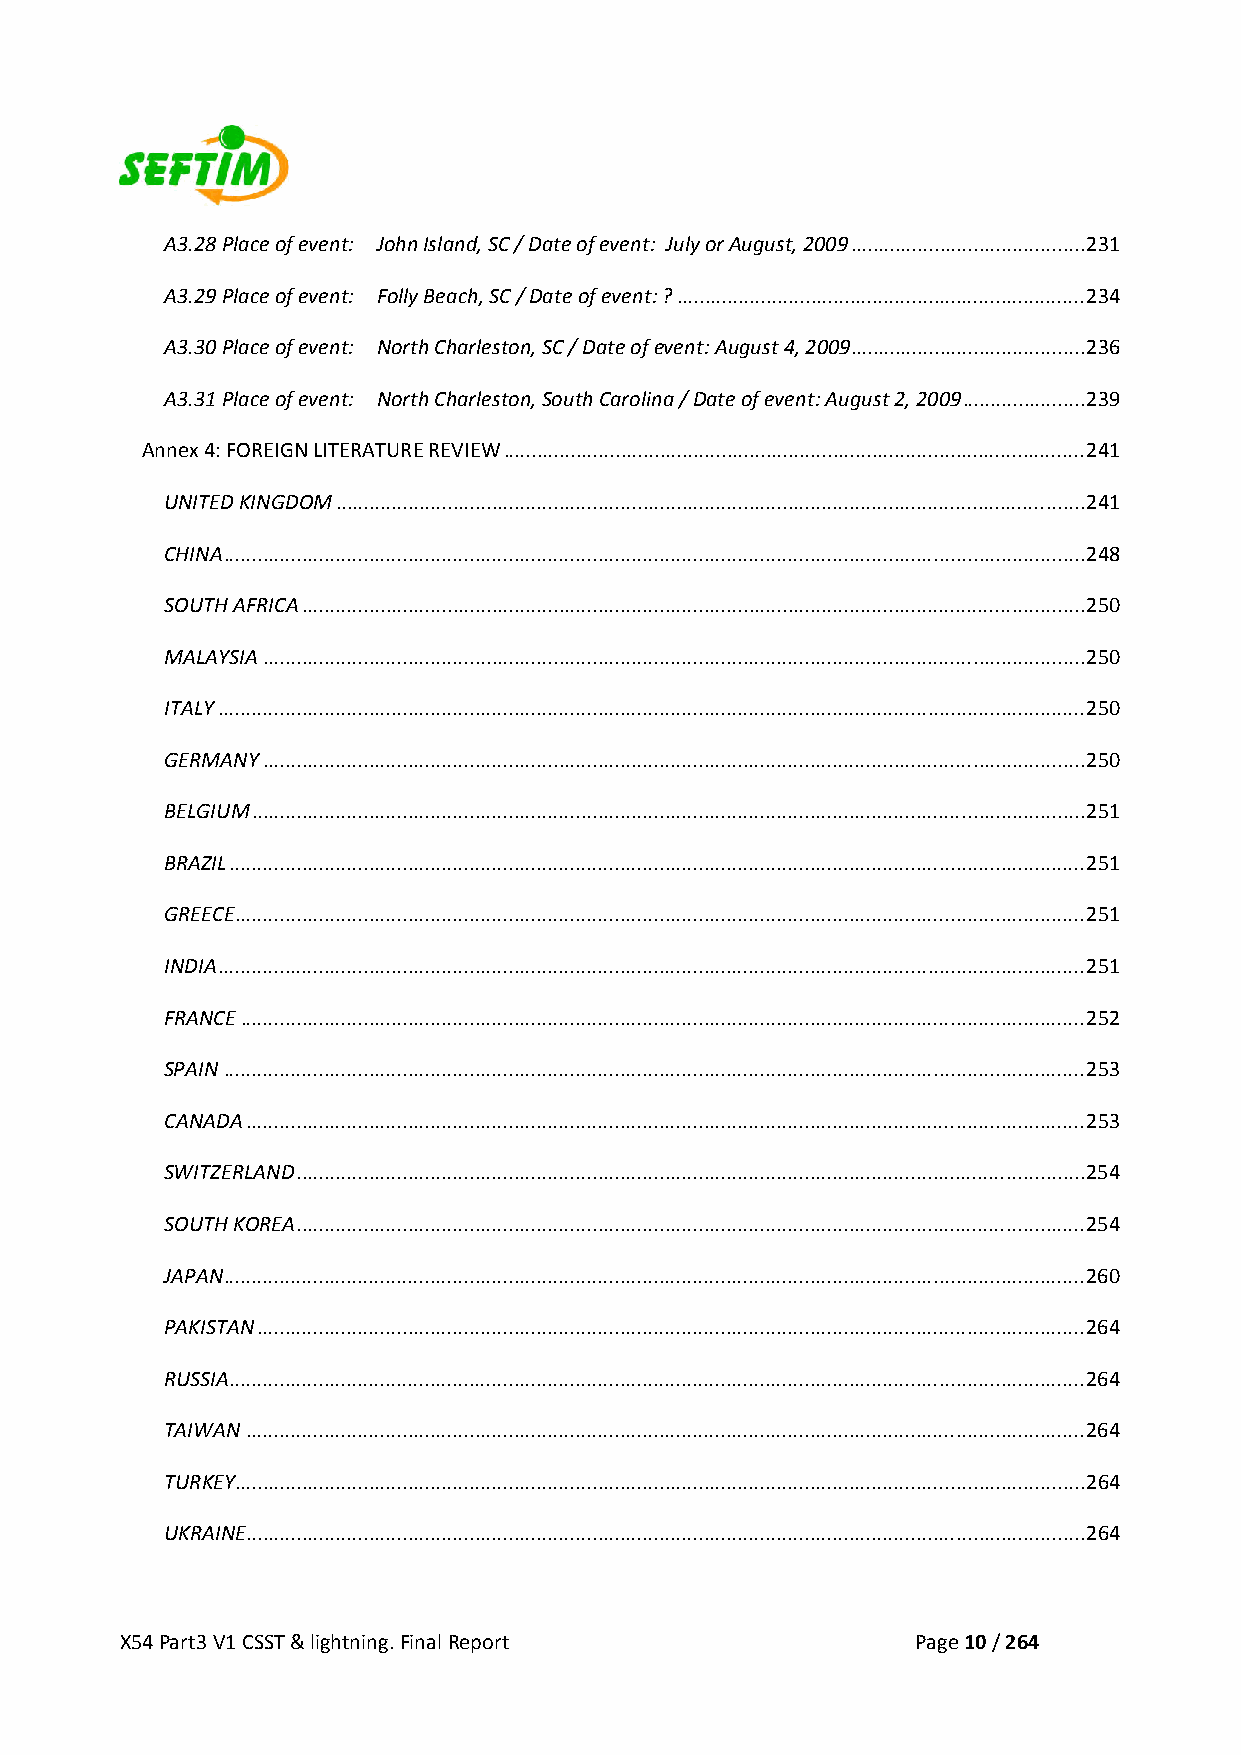
A3.28 Place of event: John Island, SC / Date of event: July or August, 2009 .......................................... 231
 A3.29 Place of event: Folly Beach, SC / Date of event: ? ......................................................................... 234
 A3.30 Place of event: North Charleston, SC / Date of event: August 4, 2009.......................................... 236
 A3.31 Place of event: North Charleston, South Carolina / Date of event: August 2, 2009 ...................... 239
 Annex 4: FOREIGN LITERATURE REVIEW ........................................................................................................ 241
 UNITED KINGDOM ...................................................................................................................................... 241
 CHINA .......................................................................................................................................................... 248
 SOUTH AFRICA ............................................................................................................................................ 250
 MALAYSIA ................................................................................................................................................... 250
 ITALY ........................................................................................................................................................... 250
 GERMANY ................................................................................................................................................... 250
 BELGIUM ..................................................................................................................................................... 251
 BRAZIL ......................................................................................................................................................... 251
 GREECE ........................................................................................................................................................ 251
 INDIA ........................................................................................................................................................... 251
 FRANCE ....................................................................................................................................................... 252
 SPAIN .......................................................................................................................................................... 253
 CANADA ...................................................................................................................................................... 253
 SWITZERLAND ............................................................................................................................................. 254
 SOUTH KOREA ............................................................................................................................................. 254
 JAPAN .......................................................................................................................................................... 260
 PAKISTAN .................................................................................................................................................... 264
 RUSSIA ......................................................................................................................................................... 264
 TAIWAN ...................................................................................................................................................... 264
 TURKEY ........................................................................................................................................................ 264
 UKRAINE ...................................................................................................................................................... 264
 X54 Part3 V1 CSST & lightning. Final Report          Page 10 / 264